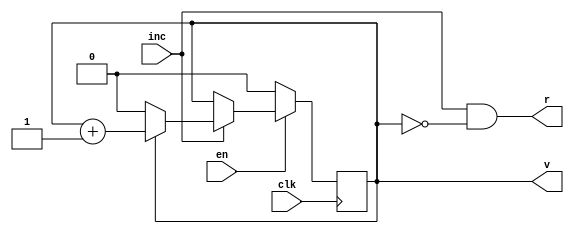
/**
 * A counter which sets a signal when it restarts.
 */
module plain_counter #(parameter WIDTH=1, VAL=1) (
   input clk,
   input en,
   input inc,
   output [WIDTH-1:0] v,
   output r
);

reg [WIDTH-1:0] counter;

always @(posedge clk) begin
  if (en == 1) begin
    if (inc == 1) begin
      if (counter != (VAL-1)) begin
        counter <= counter + 1;
      end
      else begin
        counter <= 0;
      end
    end
  end
  else begin
    counter <= 0;
  end
end

assign v = counter;
assign r = (inc == 1) & (counter == (VAL - 1));

endmodule